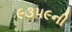
૯૩૫૯ની